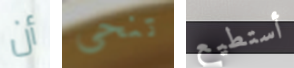
أن تنحى أستطيع